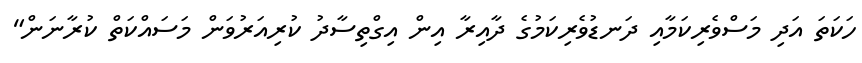
ހަކަތަ އަދި މަސްވެރިކަމާއި ދަނޑުވެރިކަމުގެ ދާއިރާ އިން އިގްތިސާދު ކުރިއަރުވަން މަސައްކަތް ކުރާނަން"